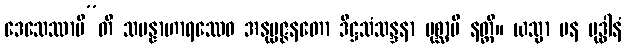
ဒေသေဿာမီ”တိ သမန္နာဟာရဿေဝ အနုပ္ပဇ္ဇနတော ဒိဋ္ဌသံသန္ဒနာ ပုစ္ဆာပိ နတ္ထိ။ ယသ္မာ ပန ဗုဒ္ဓါနံ